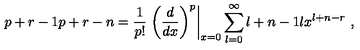
{ \binom { p + r - 1 } { p + r - n } } = { \frac { 1 } { p ! } } \left. { \left( { \frac { d } { d x } } \right) ^ { p } } \right\vert _ { x = 0 } \sum _ { l = 0 } ^ { \infty } { \binom { l + n - 1 } { l } } x ^ { l + n - r } \ ,